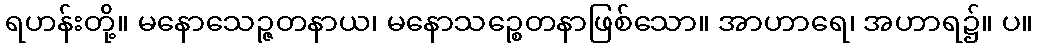
ရဟန်းတို့။ မနောသေဉ္ဇတနာယ၊ မနောသဉ္စေတနာဖြစ်သော။ အာဟာရေ၊ အဟာရ၌။ ပ။